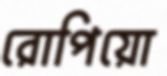
রোপিয়ো